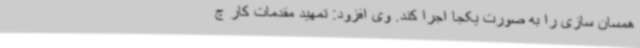
همسان سازی را به صورت یکجا اجرا کند. وی افزود: تمهید مقدمات کار چ